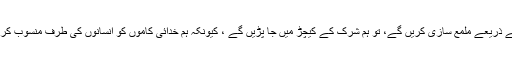
لیکن اگر ہم اپنے رستے پر چلنے والے بعض لوگوں کی تصویروں کی مبالغہ آرا الفاظ کے ذریعے ملمع سازی کریں گے، تو ہم شرک کے کیچڑ میں جا پڑیں گے ، کیونکہ ہم خدائی کاموں کو انسانوں کی طرف منسوب کرنے کے مرتکب ہو جائیں گے اور ہم آہنگی اور یکجہتی کی روح کو خراب کر دیں گے ۔